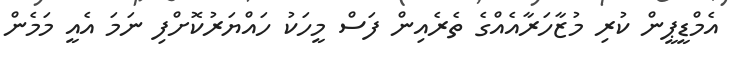
އެމްޑީޕީން ކުރި މުޒާހަރާއެއްގެ ތެރެއިން ފަސް މީހަކު ހައްޔަރުކޮށްފި ނަމަ އެއީ މަމެން